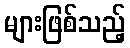
များဖြစ်သည့်